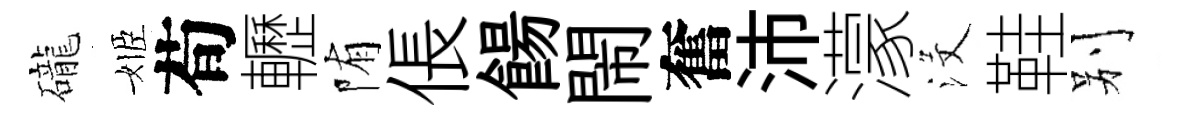
礲姬荀轣陏倀餳閙奮沛濛沒鞋别